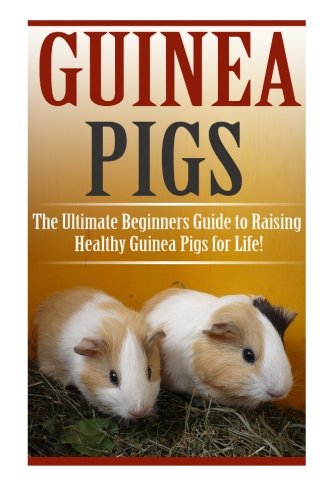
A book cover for Guinea Pigs: The Ultimate Beginner's Guide to Raising Healthy Guinea Pigs for Life! (Guinea Pigs - Guinea Pig Care - Guinea Pig Books - Guinea Pig Nutrition - Guinea Pigs for Beginners); Cara Tomel; Crafts, Hobbies & Home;